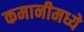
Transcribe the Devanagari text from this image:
कमानीमध्ये